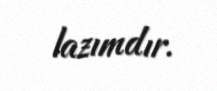
lazımdır.